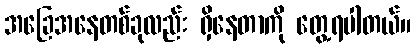
အခြေအနေတစ်ခုလည်း ရှိနေတာကို တွေ့ရပါတယ်။